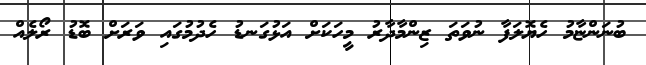
ބުނަންޏާމު ހެޔޮލަފާ ނުވަތަ ޒިންމާދާރު މީހަކަށް އަޅުގަނޑު ހެދުމުގައި ވަރަށް ބޮޑު ރޯލެއް